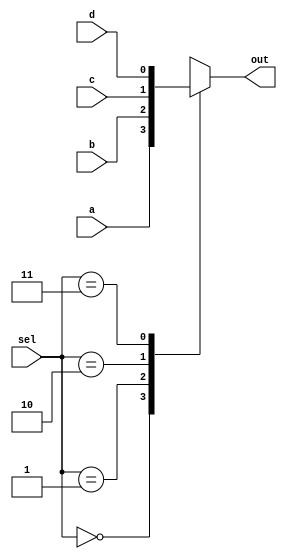
module select (
    input a,
    input b,
    input c,
    input d,
    input[1:0] sel,
    output reg out
);

always @(*) begin
    case (sel)
        2'b00: out <= a;
        2'b01: out <= b; 
        2'b10: out <= c;
        2'b11: out <= d;
        default: out <= 1'bx;
    endcase  
end
    
endmodule